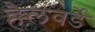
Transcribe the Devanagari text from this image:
हैलवर्डे